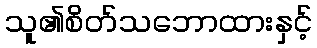
သူ၏စိတ်သဘောထားနှင့်